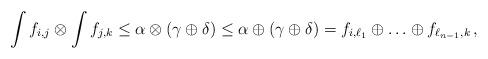
LaTeX: \begin{align*} \int{f}_{i,j} \otimes \int{f}_{j,k} & \leq \alpha \otimes (\gamma \oplus \delta) \leq \alpha \oplus (\gamma \oplus \delta) = f_{i,\ell_{1}}\oplus \ldots \oplus f_{\ell_{n-1},k}\,, \end{align*}